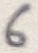
Text: 6